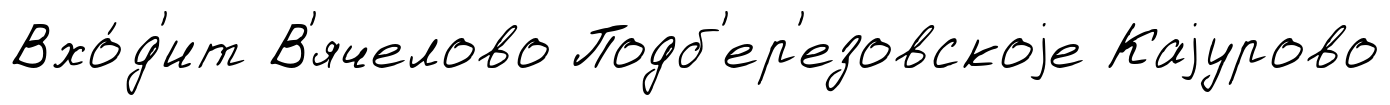
Вхо́д'ит В'ячелово Подб'ер'езовскоjе Каjурово